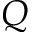
Q